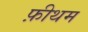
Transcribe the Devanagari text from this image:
फ़ीथम